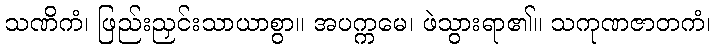
သဏိကံ၊ ဖြည်းညှင်းသာယာစွာ။ အပက္ကမေ၊ ဖဲသွားရာ၏။ သကုဏဇာတကံ၊